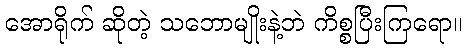
အောရိုက် ဆိုတဲ့ သဘောမျိုးနဲ့ဘဲ ကိစ္စပြီးကြရော။